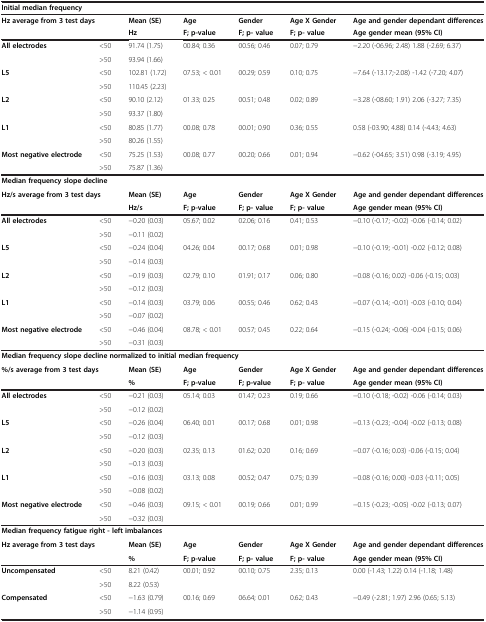
<table><thead><tr><td colspan="7"><b>Initial median frequency</b></td></tr><tr><td colspan="2"><b>Hz average from 3 test days</b></td><td><b>Mean (SE)</b></td><td><b>Age</b></td><td><b>Gender</b></td><td><b>Age X Gender</b></td><td><b>Age and gender dependant differences</b></td></tr><tr><td colspan="2"><b> </b></td><td><b>Hz</b></td><td><b>F; p-value</b></td><td><b>F; p- value</b></td><td><b>F; p- value</b></td><td><b>Age gender mean (95% CI)</b></td></tr></thead><tbody><tr><td rowspan="2"><b>All electrodes</b></td><td>&lt;50</td><td>91.74 (1.75)</td><td rowspan="2">00.84; 0.36</td><td rowspan="2">00.56; 0.46</td><td rowspan="2">0.07; 0.79</td><td rowspan="2">−2.20 (-06.96; 2.48) 1.88 (-2.69; 6.37)</td></tr><tr><td>&gt;50</td><td>93.94 (1.66)</td></tr><tr><td rowspan="2"><b>L5</b></td><td>&lt;50</td><td>102.81 (1.72)</td><td rowspan="2">07.53; &lt; 0.01</td><td rowspan="2">00.29; 0.59</td><td rowspan="2">0.10; 0.75</td><td rowspan="2">−7.64 (-13.17;-2.08) -1.42 (-7.20; 4.07)</td></tr><tr><td>&gt;50</td><td>110.45 (2.23)</td></tr><tr><td rowspan="2"><b>L2</b></td><td>&lt;50</td><td>90.10 (2.12)</td><td rowspan="2">01.33; 0.25</td><td rowspan="2">00.51; 0.48</td><td rowspan="2">0.02; 0.89</td><td rowspan="2">−3.28 (-08.60; 1.91) 2.06 (-3.27; 7.35)</td></tr><tr><td>&gt;50</td><td>93.37 (1.80)</td></tr><tr><td rowspan="2"><b>L1</b></td><td>&lt;50</td><td>80.85 (1.77)</td><td rowspan="2">00.08; 0.78</td><td rowspan="2">00.01; 0.90</td><td rowspan="2">0.36; 0.55</td><td rowspan="2">0.58 (-03.90; 4.88) 0.14 (-4.43; 4.63)</td></tr><tr><td>&gt;50</td><td>80.26 (1.55)</td></tr><tr><td><b>Most negative electrode</b></td><td>&lt;50</td><td>75.25 (1.53)</td><td>00.08; 0.77</td><td>00.20; 0.66</td><td>0.01; 0.94</td><td>−0.62 (-04.65; 3.51) 0.98 (-3.19; 4.95)</td></tr><tr><td> </td><td>&gt;50</td><td>75.87 (1.36)</td><td> </td><td> </td><td> </td><td> </td></tr><tr><td colspan="7"><b>Median frequency slope decline</b></td></tr><tr><td colspan="2"><b>Hz/s average from 3 test days</b></td><td><b>Mean (SE)</b></td><td><b>Age</b></td><td><b>Gender</b></td><td><b>Age X Gender</b></td><td><b>Age and gender dependant differences</b></td></tr><tr><td colspan="2"> </td><td><b>Hz/s</b></td><td><b>F; p-value</b></td><td><b>F; p- value</b></td><td><b>F; p- value</b></td><td><b>Age gender mean (95% CI)</b></td></tr><tr><td rowspan="2"><b>All electrodes</b></td><td>&lt;50</td><td>−0.20 (0.03)</td><td rowspan="2">05.67; 0.02</td><td rowspan="2">02.06; 0.16</td><td rowspan="2">0.41; 0.53</td><td rowspan="2">−0.10 (-0.17; -0.02) -0.06 (-0.14; 0.02)</td></tr><tr><td>&gt;50</td><td>−0.11 (0.02)</td></tr><tr><td rowspan="2"><b>L5</b></td><td>&lt;50</td><td>−0.24 (0.04)</td><td rowspan="2">04.26; 0.04</td><td rowspan="2">00.17; 0.68</td><td rowspan="2">0.01; 0.98</td><td rowspan="2">−0.10 (-0.19; -0.01) -0.02 (-0.12; 0.08)</td></tr><tr><td>&gt;50</td><td>−0.14 (0.03)</td></tr><tr><td rowspan="2"><b>L2</b></td><td>&lt;50</td><td>−0.19 (0.03)</td><td rowspan="2">02.79; 0.10</td><td rowspan="2">01.91; 0.17</td><td rowspan="2">0.06; 0.80</td><td rowspan="2">−0.08 (-0.16; 0.02) -0.06 (-0.15; 0.03)</td></tr><tr><td>&gt;50</td><td>−0.12 (0.03)</td></tr><tr><td rowspan="2"><b>L1</b></td><td>&lt;50</td><td>−0.14 (0.03)</td><td rowspan="2">03.79; 0.06</td><td rowspan="2">00.55; 0.46</td><td rowspan="2">0.62; 0.43</td><td rowspan="2">−0.07 (-0.14; -0.01) -0.03 (-0.10; 0.04)</td></tr><tr><td>&gt;50</td><td>−0.07 (0.02)</td></tr><tr><td><b>Most negative electrode</b></td><td>&lt;50</td><td>−0.46 (0.04)</td><td>08.78; &lt; 0.01</td><td>00.57; 0.45</td><td>0.22; 0.64</td><td>−0.15 (-0.24; -0.06) -0.04 (-0.15; 0.06)</td></tr><tr><td> </td><td>&gt;50</td><td>−0.31 (0.03)</td><td> </td><td> </td><td> </td><td> </td></tr><tr><td colspan="7"><b>Median frequency slope decline normalized to initial median frequency</b></td></tr><tr><td colspan="2"><b>%/s average from 3 test days</b></td><td><b>Mean (SE)</b></td><td><b>Age</b></td><td><b>Gender</b></td><td><b>Age X Gender</b></td><td><b>Age and gender dependant differences</b></td></tr><tr><td colspan="2"> </td><td><b>%</b></td><td><b>F; p-value</b></td><td><b>F; p-value</b></td><td><b>F; p- value</b></td><td><b>Age gender mean (95% CI)</b></td></tr><tr><td rowspan="2"><b>All electrodes</b></td><td>&lt;50</td><td>−0.21 (0.03)</td><td rowspan="2">05.14; 0.03</td><td rowspan="2">01.47; 0.23</td><td rowspan="2">0.19; 0.66</td><td rowspan="2">−0.10 (-0.18; -0.02) -0.06 (-0.14; 0.03)</td></tr><tr><td>&gt;50</td><td>−0.12 (0.02)</td></tr><tr><td rowspan="2"><b>L5</b></td><td>&lt;50</td><td>−0.26 (0.04)</td><td rowspan="2">06.40; 0.01</td><td rowspan="2">00.17; 0.68</td><td rowspan="2">0.01; 0.98</td><td rowspan="2">−0.13 (-0.23; -0.04) -0.02 (-0.13; 0.08)</td></tr><tr><td>&gt;50</td><td>−0.12 (0.03)</td></tr><tr><td rowspan="2"><b>L2</b></td><td>&lt;50</td><td>−0.20 (0.03)</td><td rowspan="2">02.35; 0.13</td><td rowspan="2">01.62; 0.20</td><td rowspan="2">0.16; 0.69</td><td rowspan="2">−0.07 (-0.16; 0.03) -0.06 (-0.15; 0.04)</td></tr><tr><td>&gt;50</td><td>−0.13 (0.03)</td></tr><tr><td rowspan="2"><b>L1</b></td><td>&lt;50</td><td>−0.16 (0.03)</td><td rowspan="2">03.13; 0.08</td><td rowspan="2">00.52; 0.47</td><td rowspan="2">0.75; 0.39</td><td rowspan="2">−0.08 (-0.16; 0.00) -0.03 (-0.11; 0.05)</td></tr><tr><td>&gt;50</td><td>−0.08 (0.02)</td></tr><tr><td rowspan="2"><b>Most negative electrode</b></td><td>&lt;50</td><td>−0.46 (0.03)</td><td rowspan="2">09.15; &lt; 0.01</td><td rowspan="2">00.19; 0.66</td><td rowspan="2">0.01; 0.99</td><td rowspan="2">−0.15 (-0.23; -0.05) -0.02 (-0.13; 0.07)</td></tr><tr><td>&gt;50</td><td>−0.32 (0.03)</td></tr><tr><td colspan="7"><b>Median frequency fatigue right - left imbalances</b></td></tr><tr><td colspan="2"><b>Hz average from 3 test days</b></td><td><b>Mean (SE)</b></td><td><b>Age</b></td><td><b>Gender</b></td><td><b>Age X Gender</b></td><td><b>Age and gender dependant differences</b></td></tr><tr><td colspan="2"> </td><td><b>%</b></td><td><b>F; p-value</b></td><td><b>F; p- value</b></td><td><b>F; p- value</b></td><td><b>Age gender mean (95% CI)</b></td></tr><tr><td rowspan="2"><b>Uncompensated</b></td><td>&lt;50</td><td>8.21 (0.42)</td><td rowspan="2">00.01; 0.92</td><td rowspan="2">00.10; 0.75</td><td rowspan="2">2.35; 0.13</td><td rowspan="2">0.00 (-1.43; 1.22) 0.14 (-1.18; 1.48)</td></tr><tr><td>&gt;50</td><td>8.22 (0.53)</td></tr><tr><td><b>Compensated</b></td><td>&lt;50</td><td>−1.63 (0.79)</td><td>00.16; 0.69</td><td>06.64; 0.01</td><td>0.62; 0.43</td><td>−0.49 (-2.81; 1.97) 2.96 (0.65; 5.13)</td></tr><tr><td> </td><td>&gt;50</td><td>−1.14 (0.95)</td><td> </td><td> </td><td> </td><td> </td></tr></tbody></table>